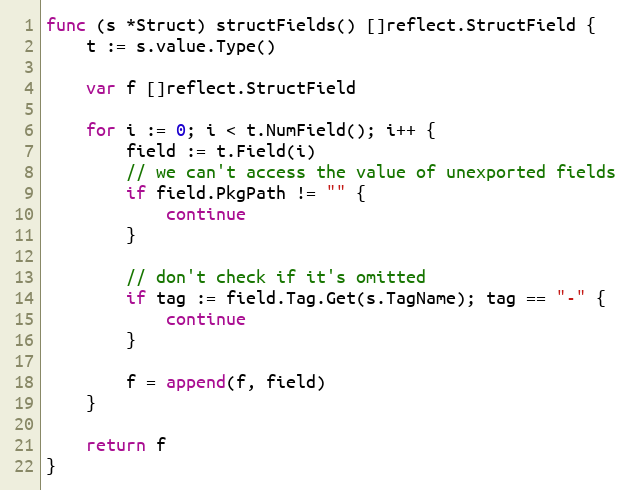
Language: Go
func (s *Struct) structFields() []reflect.StructField {
	t := s.value.Type()

	var f []reflect.StructField

	for i := 0; i < t.NumField(); i++ {
		field := t.Field(i)
		// we can't access the value of unexported fields
		if field.PkgPath != "" {
			continue
		}

		// don't check if it's omitted
		if tag := field.Tag.Get(s.TagName); tag == "-" {
			continue
		}

		f = append(f, field)
	}

	return f
}